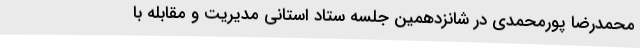
محمدرضا پورمحمدی در شانزدهمین جلسه ستاد استانی مدیریت و مقابله با